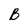
Character: B